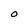
Character: O